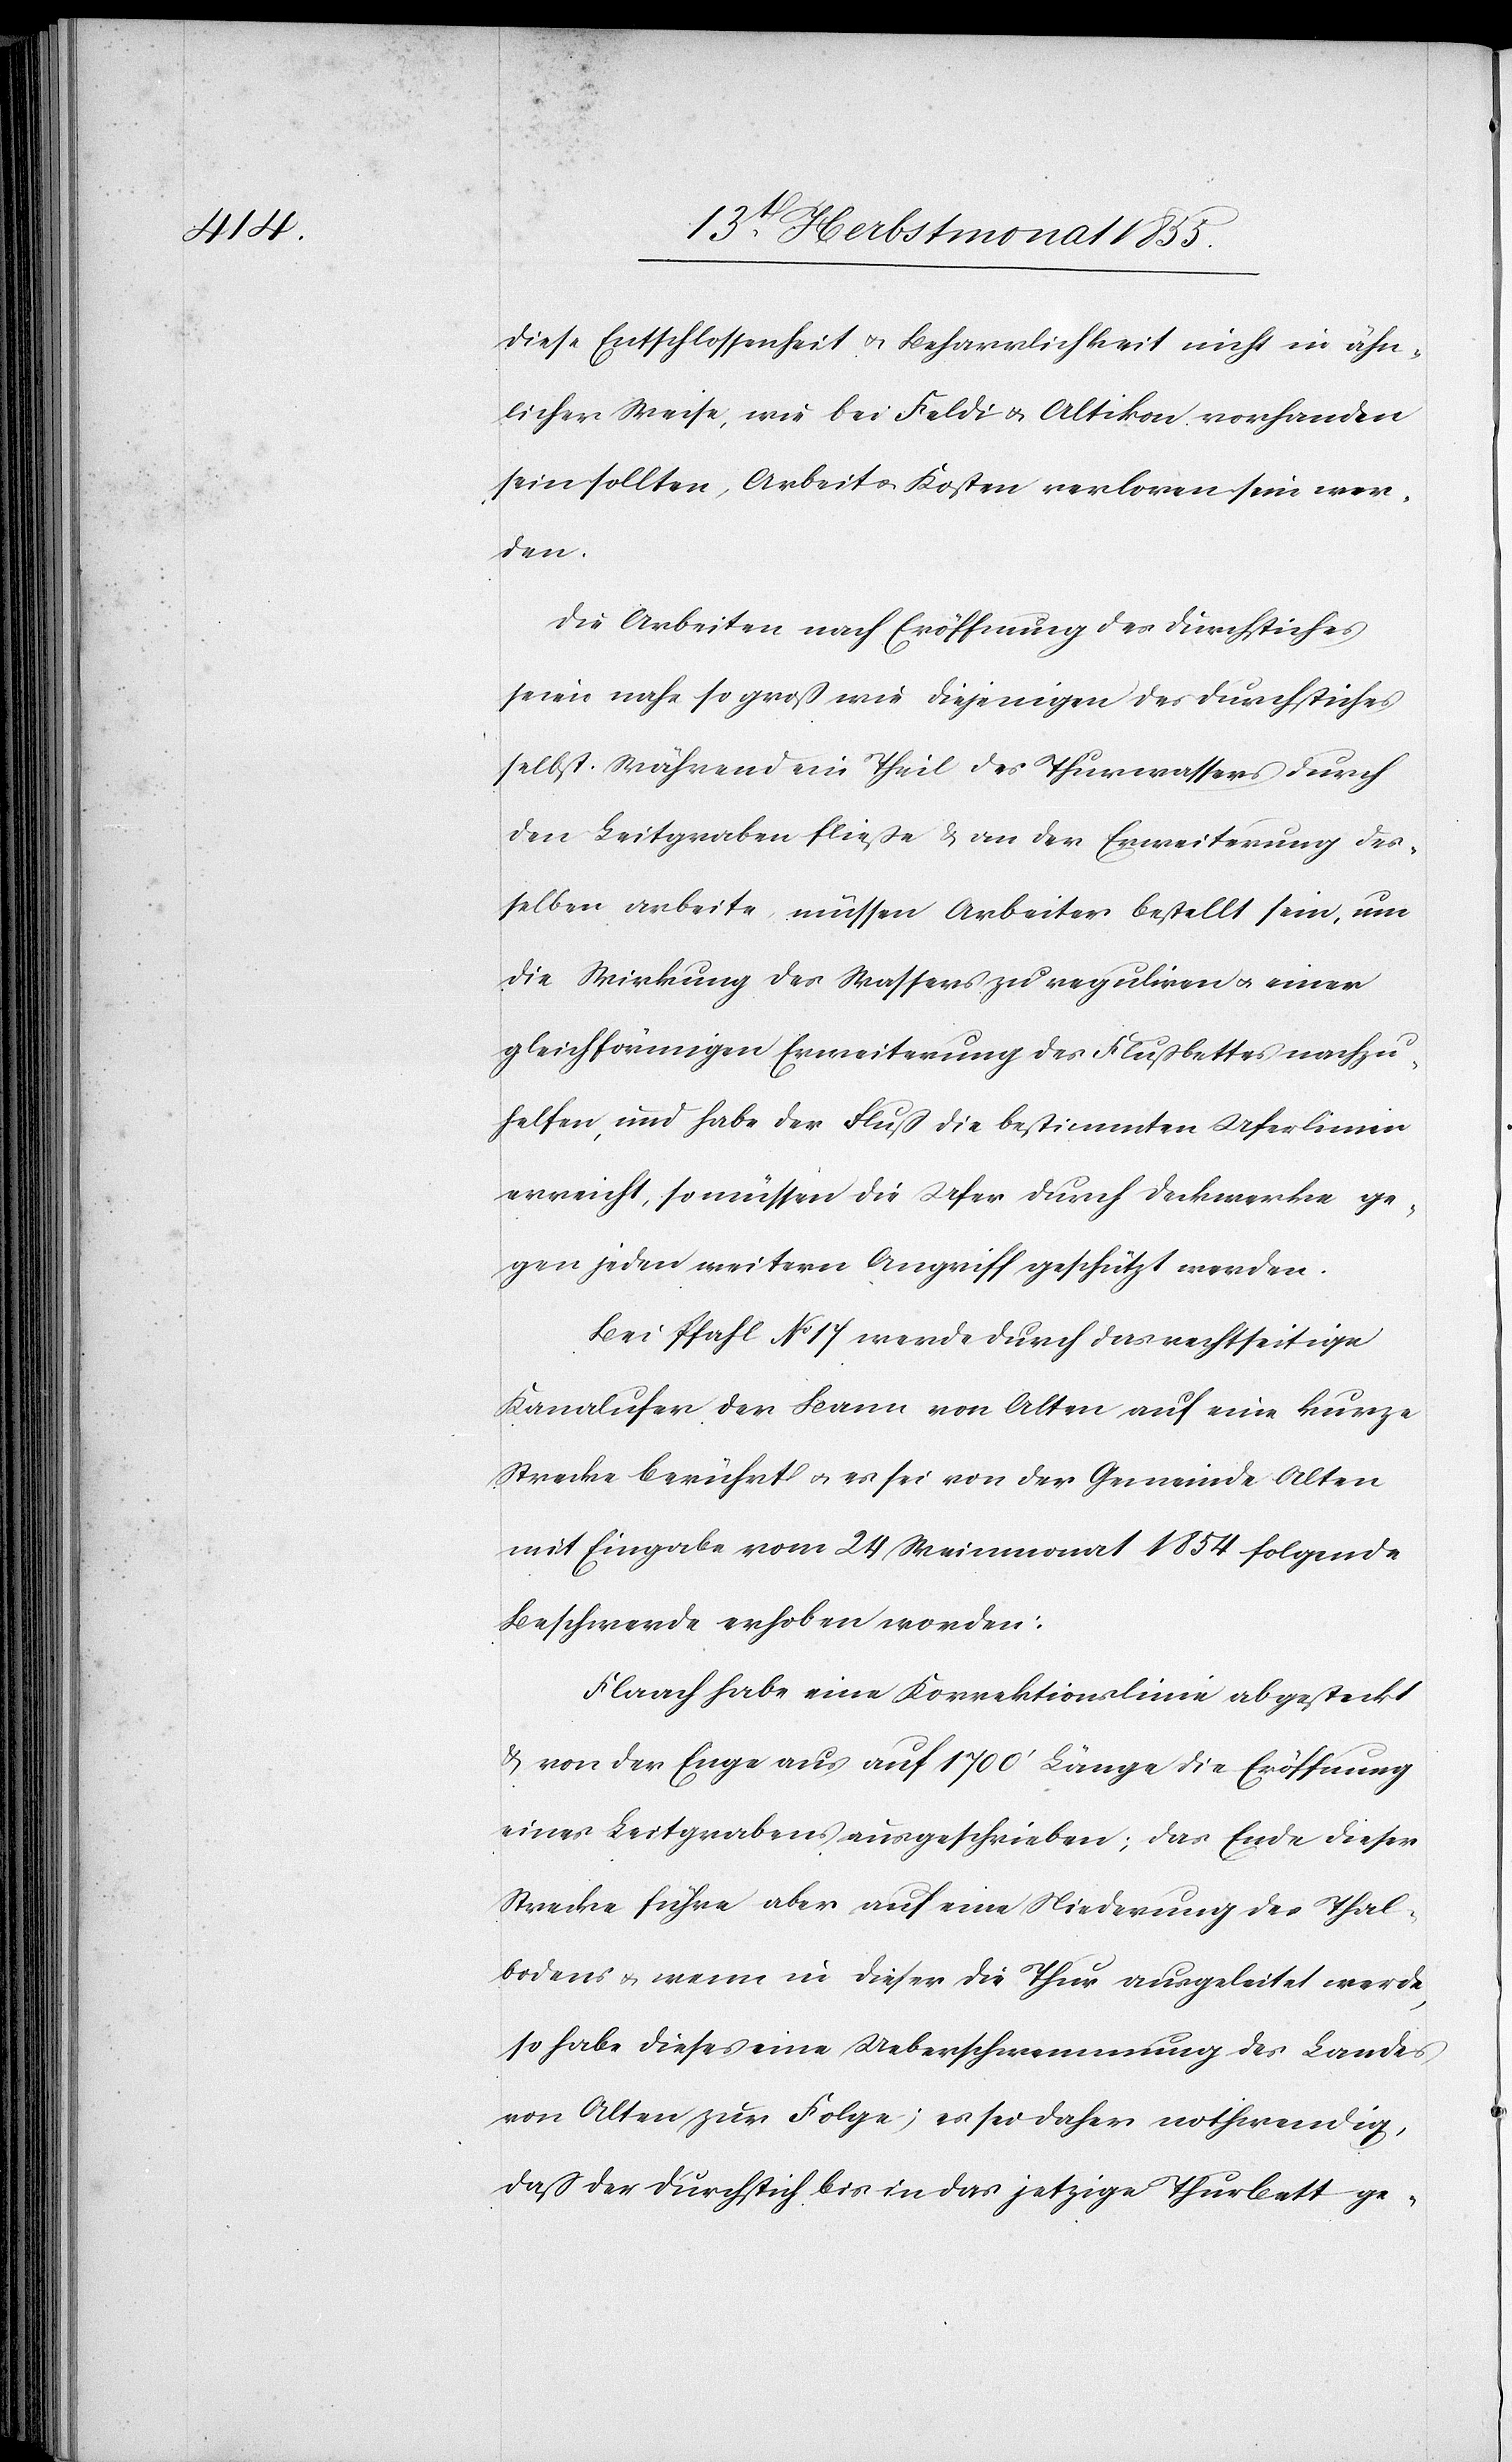
diese Entschlossenheit & Beharrlichkeit nicht in ähn¬
licher Weise, wie bei Feldi & Altikon vorhanden
sein sollten, Arbeit & Kosten verloren sein wer¬
den.
Die Arbeiten nach Eröffnung des Durchstiches
seien nahe so groß wie diejenigen des Durchstiches
selbst. Während ein Theil des Thurwassers durch
den Leitgraben fließe & an der Erweiterung des¬
selben arbeite, müssen Arbeiter bestellt sein, um
die Wirkung des Wassers zu reguliren & einer
gleichförmigen Erweiterung des Flußbettes nachzu¬
helfen, und habe der Fluß die bestimmten Uferlinien
erreicht, so müssen die Ufer durch Deckwerke ge¬
gen jeden weitern Angriff geschützt werden.
Bei Pfahl No 17 werde durch das rechtseitige
Kanalufer der Bann von Alten auf eine kurze
Strecke berührt & es sei von der Gemeinde Alten
mit Eingabe vom 24 Weinmonat 1854 folgende
Beschwerde erhoben worden:
Flaach habe eine Korrektionslinie abgesteckt
& von der Enge aus auf 1700‘ Länge die Eröffnung
eines Leitgrabens ausgeschrieben; das Ende dieser
Strecke führe aber auf eine Niederung des Thal¬
bodens & wenn in dieser die Thur ausgeleitet werde,
so habe dieses eine Ueberschwemmung des Landes
von Alten zur Folge; es sei daher nothwendig,
daß der Durchstich bis in das jetzige Thurbett ge-